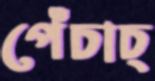
পেঁচাচ্